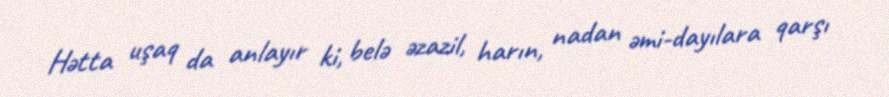
Hətta uşaq da anlayır ki, belə əzazil, harın, nadan əmi-dayılara qarşı